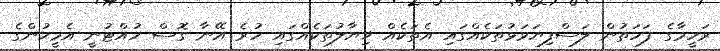
ރަހީމާގެ ފަހަތުން ލަސްފިޔަވަޅުތަކެއްގައި އެތަކެއް ޚިޔާލުތަކެއްގައި ހުރެ އޭނާ ގޮސް ހުއްޓުނީ އެމީހުންގެ